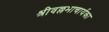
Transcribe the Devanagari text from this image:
श्रीवल्लभाचार्यका